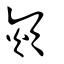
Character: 熲